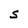
Character: S